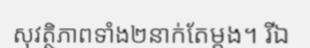
សុវត្ថិភាពទាំង២នាក់តែម្តង។ រីឯ